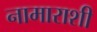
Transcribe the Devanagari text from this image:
नामाराशी